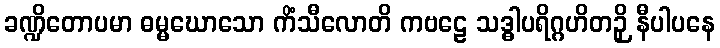
ခဏ္ဍိတောပမာ ဓမ္မဃောသော ကိံသီလောတိ ကဗဠေ သဒ္ဓါပရိဂ္ဂဟိတဉှိ နီပါပနေ